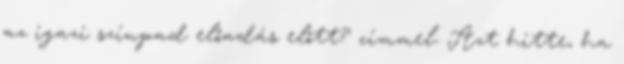
az igazi színpad előadás előtt? címmel. Azt hitte, ha